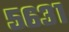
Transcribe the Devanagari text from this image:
५६३१